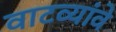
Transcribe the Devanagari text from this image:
वाटव्यांवे